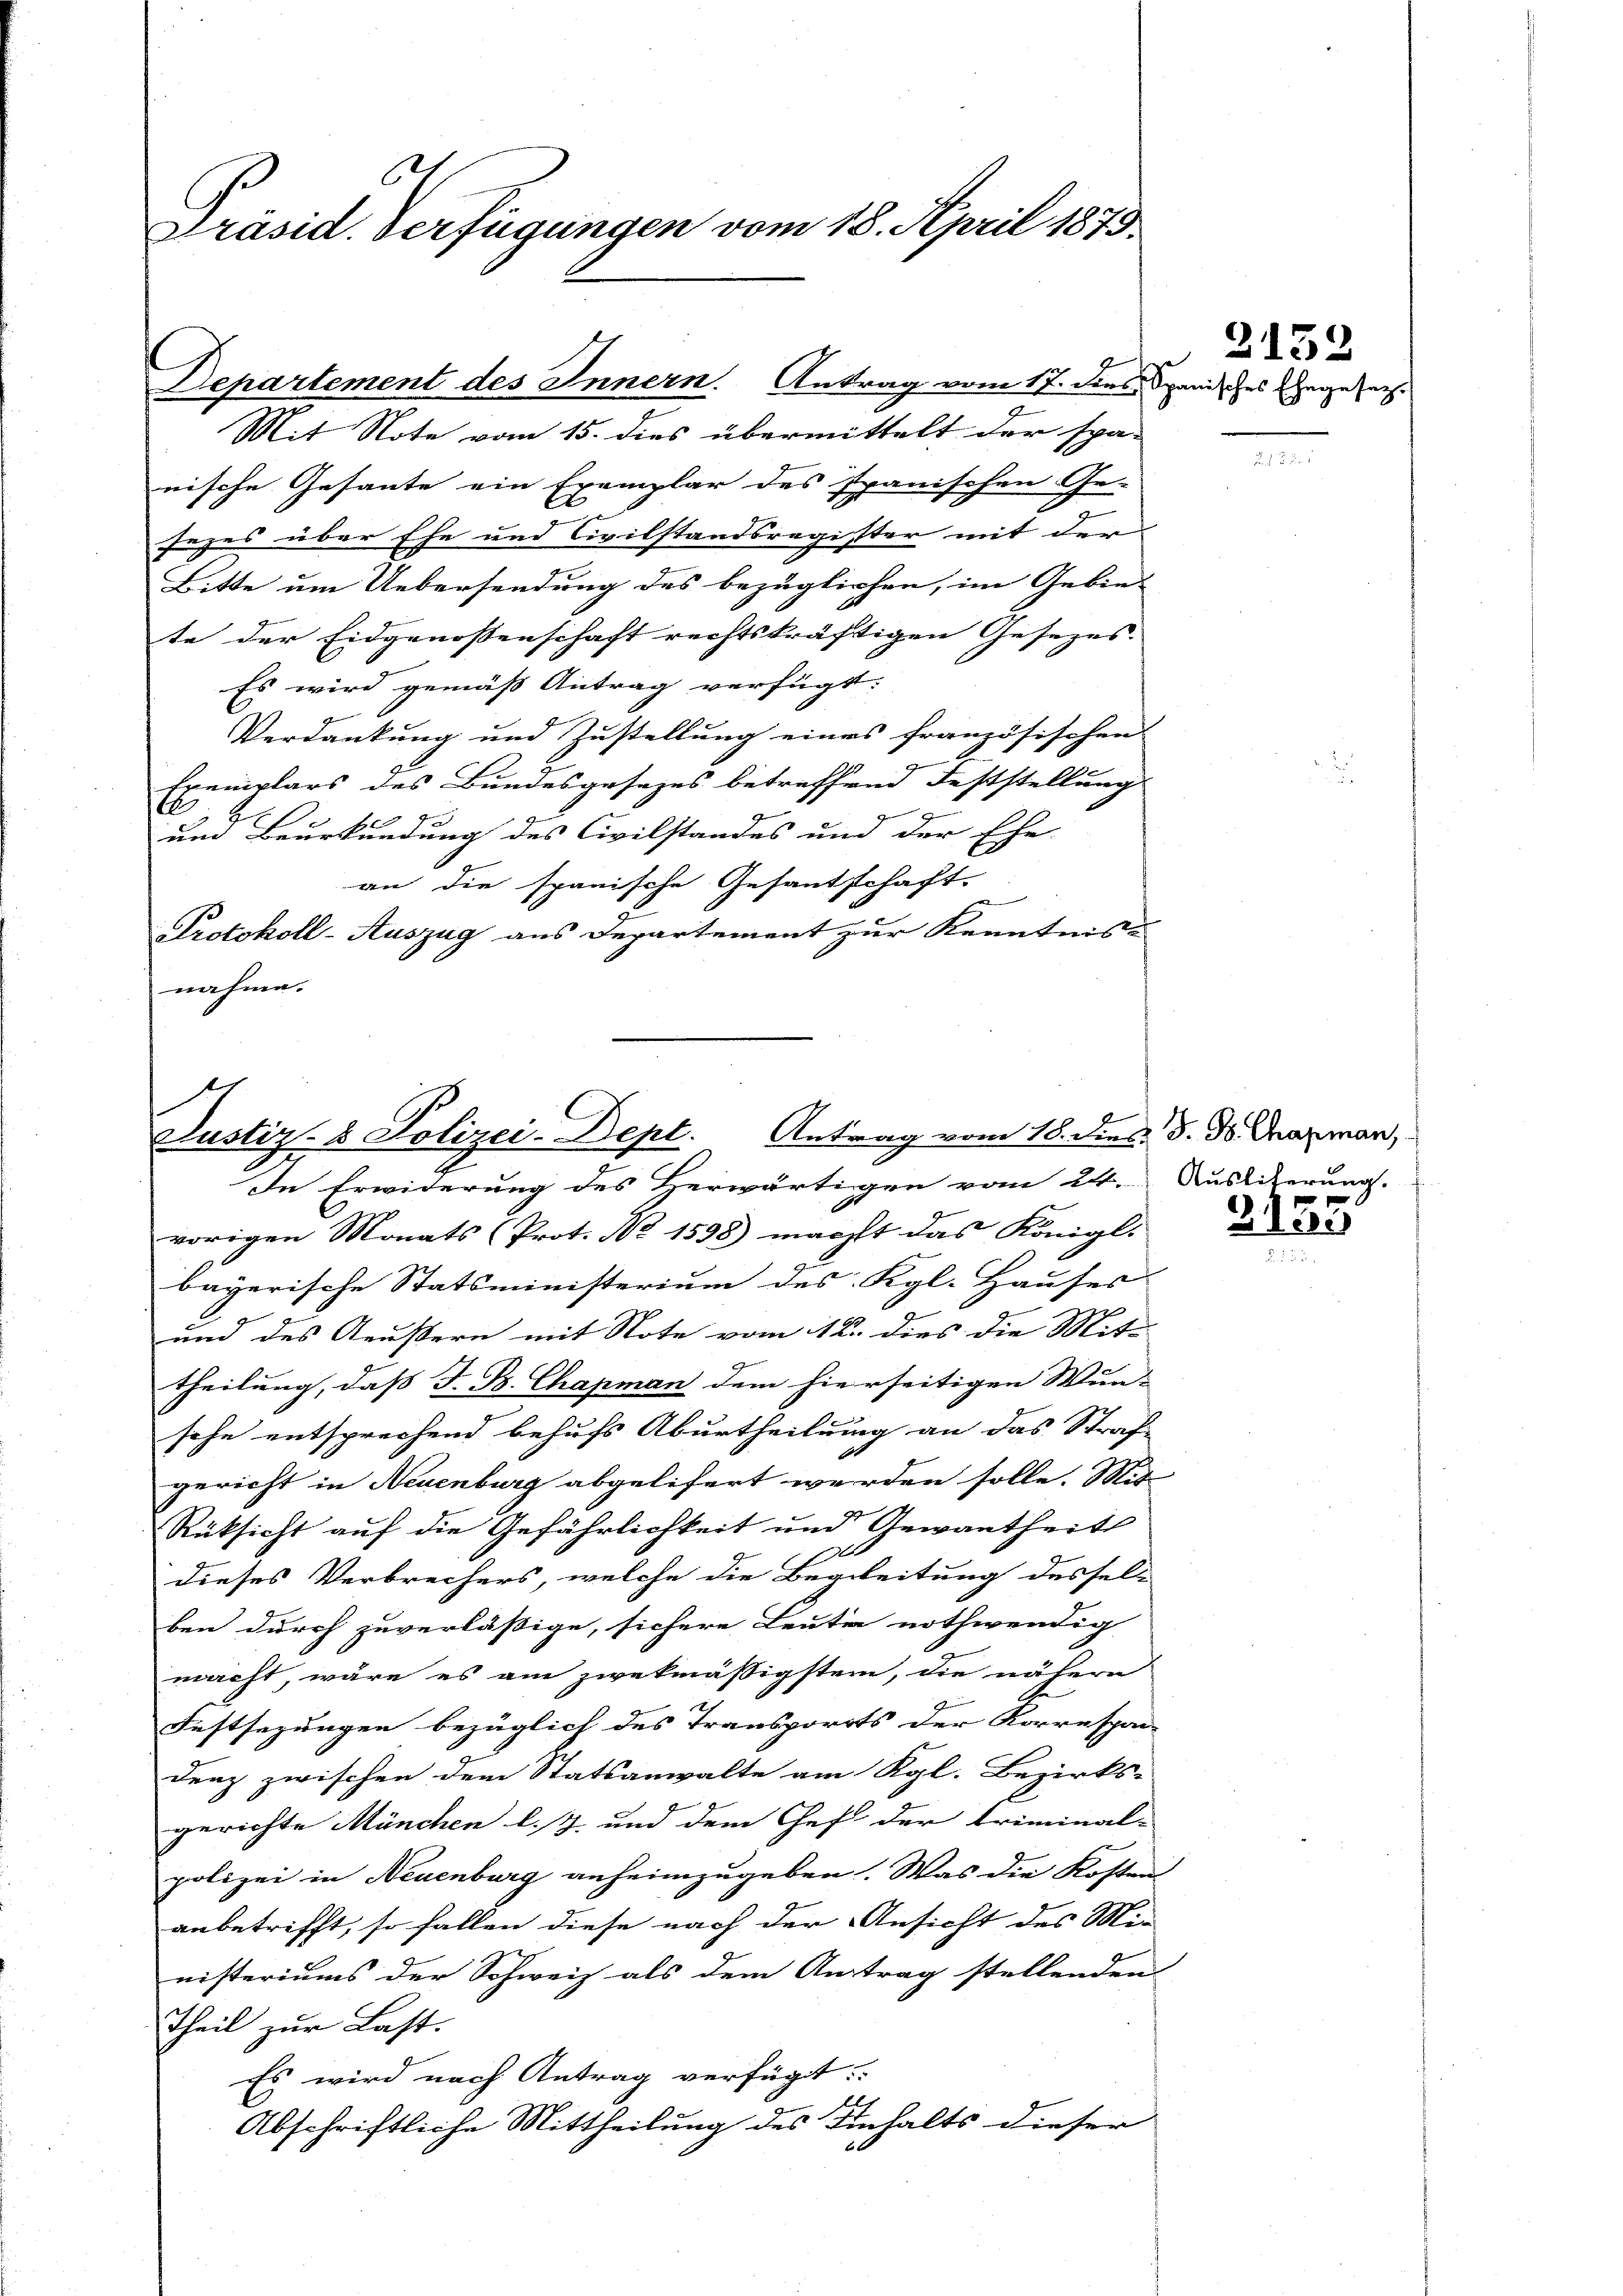
Präsid. Verfügungen vom 18. April 1873

Departement des Innern. Antrag vom 17. dies Spanisches Ehege sech¬
Mit Note vom 15. dies übermittelt der spä-

nische Gesante ein Exemplar des spanischen Ge-
sezes über Ehe und Civilstandsregister mit der
Bitte um Uebersendung des bezüglichen, im Gebie-
te der Eidgenossenschaft rechtskräftigen Gesezes.
Es wird gemäß Antrag verfügt:
Verdankung und Zustellung eines französischen
Exemplars des Bundesgesezes betreffend Feststellung
1

E
und Beurkundung des Civilstandes und der Ehe-
an die spanische Gesantschaft,
.
Protokoll-Auszug aus Departement zur Kenntnis u
nahme.

Justiz- & Polizei-Dept. Antrag vom 18. dies d. d. Grasman,
In Erwiderung des Herwärtigen vom 24. Ausliterung.

vorigen Monats (Prot. No 1598) macht das Königl.
bayerische Statsministerium des Kgl. Hauses
und des Aeußern mit Note vom 12. dies die Mit-
theilung, daß F. B. Chapman dem hierseitigen Wun-
sche entsprechend behufs Aburtheilung an das Straf-
gericht in Neuenburg abgelisert werden solle. Mit
Rüksicht auf die Gefährlichkeit und Gewantheits
1
1
dieses Verbrechers, welche die Begleitung dessel-
ben durch zuverläßige, sichere Leute nothwendig
macht, wäre es am zwekmäßigstem, die nähern
Festsezungen bezüglich des Transporrts der Korrespon-
denz zwischen dem Statsanwalte am Kgl. Bezirks-
gerichte München l.J. und dem Chef der Triminal-
polizei in Neuenburg anheimzugeben. Was die Kosten
anbetrifft, so fallen diese nach der Ansicht des Mi-
nisteriums der Schweiz als dem Antrag stellenden
Theil zur Last.
Es wird nach Antrag verfügt:
Abschriftliche Mittheilung des Einhalts dieser

2132

3155